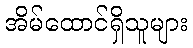
အိမ်ထောင်ရှိသူများ